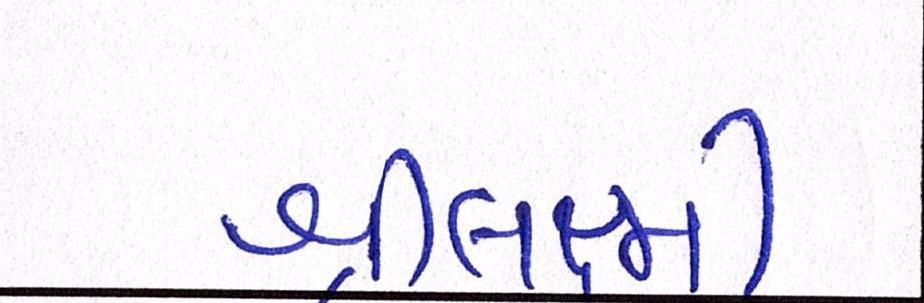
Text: શ્રીલક્ષ્મી